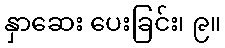
နှာဆေး ပေးခြင်း၊ ၉။